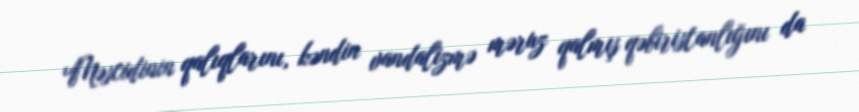
Məscidinin qalıqlarını, kəndin vandalizmə məruz qalmış qəbiristanlığını da